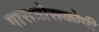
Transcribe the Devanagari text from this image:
गासत्रोसकोपी